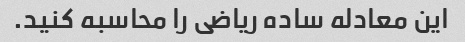
این معادله ساده ریاضی را محاسبه کنید.